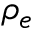
\rho _ { e }